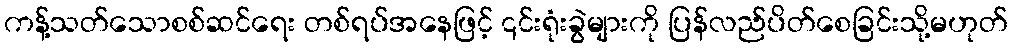
ကန့်သတ်သောစစ်ဆင်ရေး တစ်ရပ်အနေဖြင့် ၎င်းရုံးခွဲများကို ပြန်လည်ပိတ်စေခြင်းသို့မဟုတ်